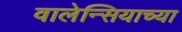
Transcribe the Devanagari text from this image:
वालेन्सियाच्या